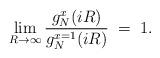
LaTeX: \begin{align*}\lim_{R \rightarrow \infty} { g_N^{x}(iR) \over g_N^{x=1}(iR) } \;=\; 1.\end{align*}